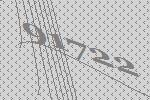
91722